Annual statistical returns and brief notes on vaccination in Bengal - 1909-1929
Year: 1909
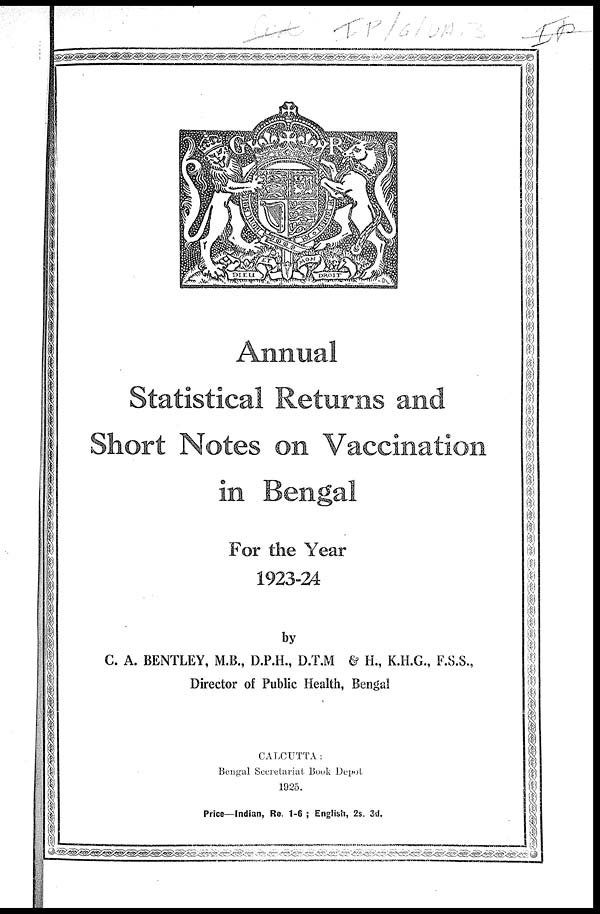
Annual
Statistical Returns and
Short Notes on Vaccination
in Bengal
For the Year
1923-24
by
C. A. BENTLEY, M.B., D.P.H., D.T.M & H., K.H.G., F.S.S.,
Director of Public Health, Bengal
CALCUTTA:
Bengal Secretariat Book Depot
1925.
Price—Indian, Re. 1-6 ; English, 2s. 3d.